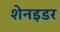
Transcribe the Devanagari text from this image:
शेनइडर